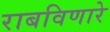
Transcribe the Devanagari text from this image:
राबविणारे